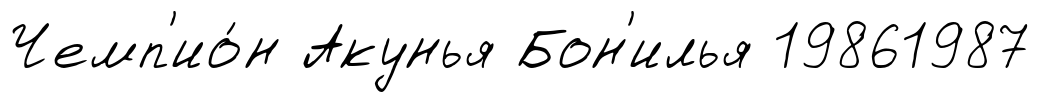
Чемп'ио́н Акунья Бон'илья 19861987